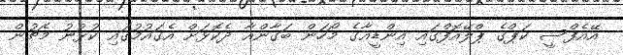
އޭއެފްސީ ކަޕްގެ ޕްލޭއޮފްގައި އިންޑީއާގެ މޯހަން ބަގާންއާ ދެކޮޅަށް އެގައުމުގައި ކުޅުނު މެޗުން